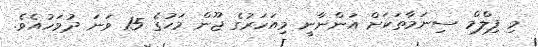
މި ފިލްމް ސިނަމާތަކަށް އަންނާނީ މިއަހަރުގެ ޖޫން މަހުގެ 15 ވަނަ ދުވަހުއެވެ.